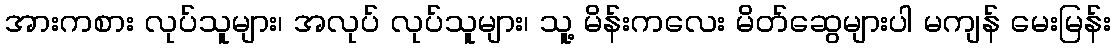
အားကစား လုပ်သူများ၊ အလုပ် လုပ်သူများ၊ သူ့ မိန်းကလေး မိတ်ဆွေများပါ မကျန် မေးမြန်း